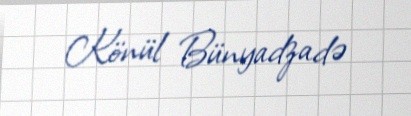
Könül Bünyadzadə